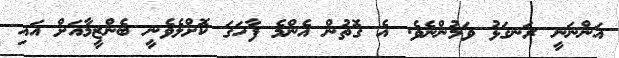
އަންނަނީ ރަނގަޅު ވަމުންނެވެ. އެ ގޮތުން އެންމެ ފާހަގަ ކޮށްލެވެނީ ބެންޒީމާއަށް އައި